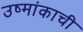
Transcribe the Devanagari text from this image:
उष्मांकाची